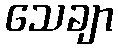
သေချာ